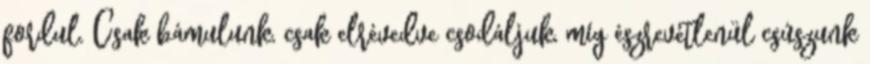
fordul. Csak bámulunk, csak elrévedve csodáljuk, míg észrevétlenül csúszunk